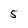
Character: 5